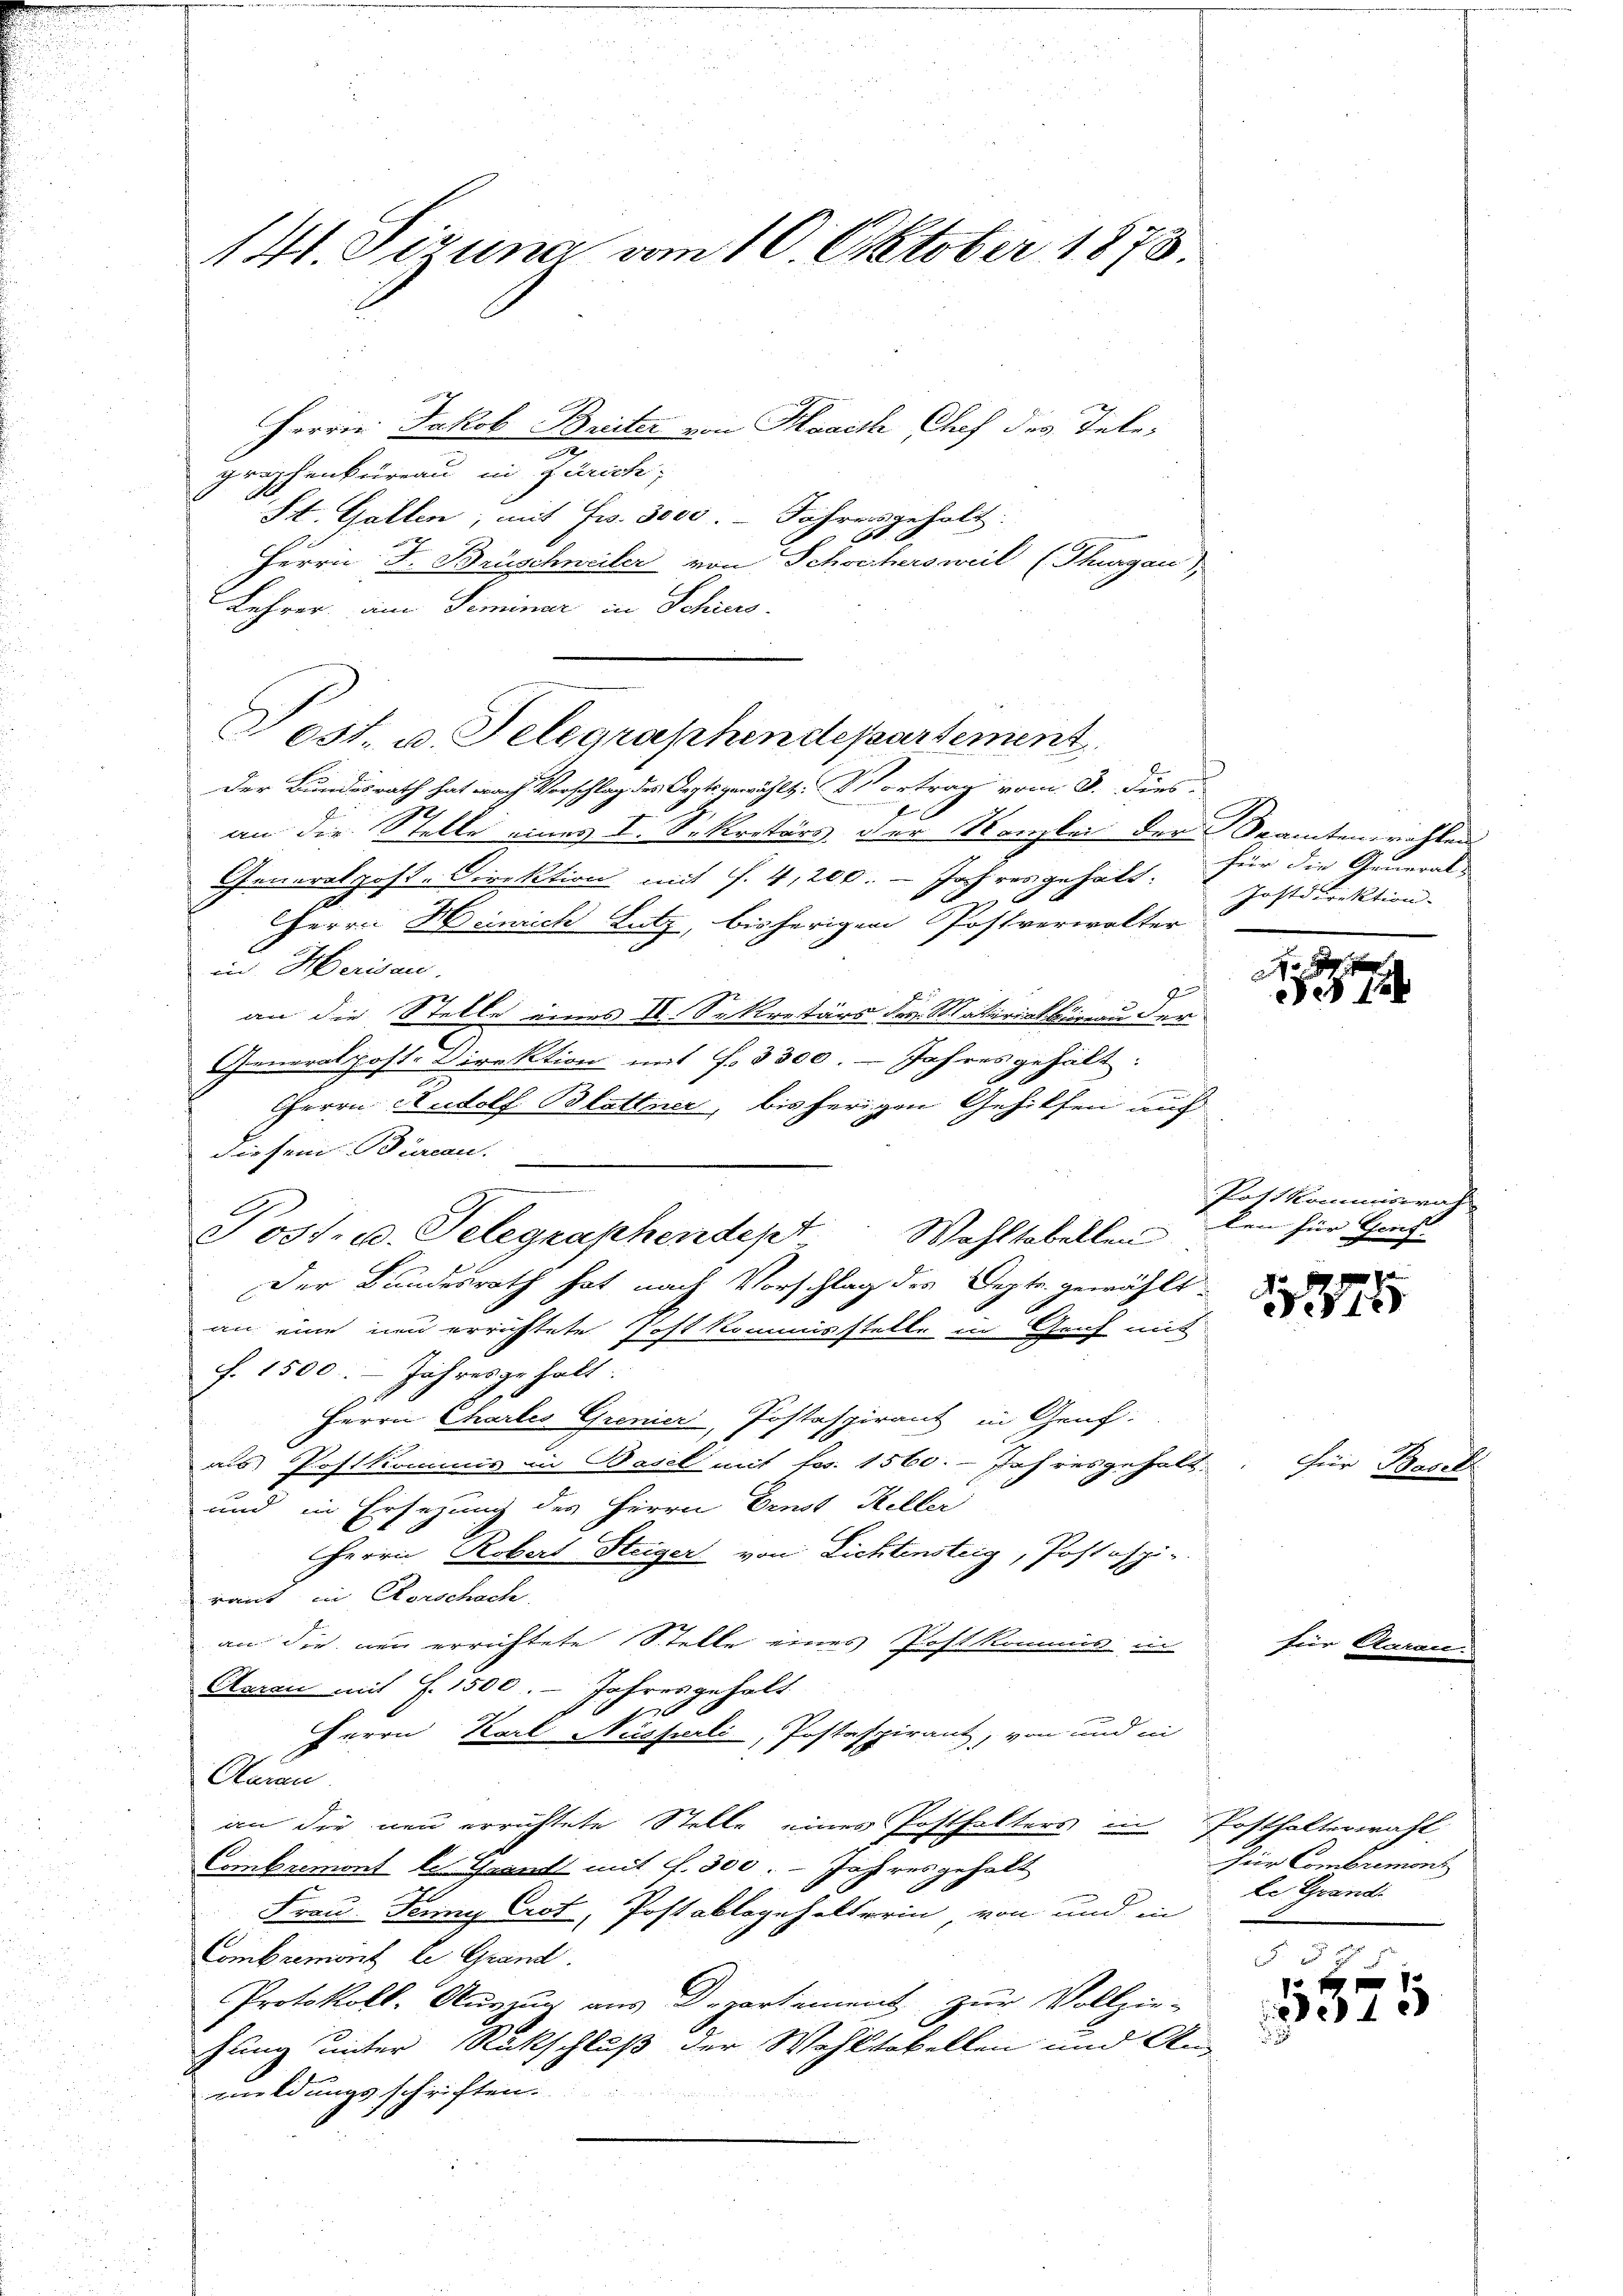
141. Pizuna vom 10. Oktober 1873.

Herrn Jakob Breiter von Haaith Chef des Telex
graphenbureau in Zürich,
St. Gallen, mit Fr. 3000. - Jahresgeholt.
f
Herrn J. Brüschweiler von Schochersweil (Thurgau)
Lehrer am Seminar in Schies.
Der Bundesrath hat nach Vorschlag des Oepts gewählt. Vortrag vom 3. dies
an die Stelle eines I. Sekretärs. Der Kanzlei der Stantenprahlen
Generalpost-Direktion mit f. 4,200. - Jahres gehalt.
E
2
J
HHerrn Heinrich Lutz, bisherigen Postverwalter
in Merisau.
an die Stelle eines IV. Sekretärs des Matrickhenau der
Generalpost. Direktion mit f. 3300. - Jahres gehält:
Cherrn Rudolf Blattner, bisherigen Gehilfen auch
diesem Bureau.
Der Bundesrath hat nach Vorschlag des Septe gewählt.
an eine um errichtete Post kommisstelle in Genf mit
f. 1500. - Jahresgehalt
Herrn Chartes Gremier, Postaspirant in Genf.
als Postkommis in Basel mit fes. 1560. Jahresgehalt
und in Ersezung des Herrn Drust Heller
Herrn Robert Steiger von Lichtensteig, Postspie
raut in Kerschach
an die neu errichtete Stelle eines Postkommis in
Aaran mit F. 1500. - Jahresgehalt
Herrn Karl Nüsserli, Postaspirant, von und in
Paren
an die neu errichtete Stelle eines Posthalters in Posthalterwahl
Combremont les Grand mit f. 300. - Jahres gehalt
Frau Jenny Crot, Postablegehalterin von und in
Combrenwirt le Grand.
Protokoll-Auszug aus Departement zur Vollzie-
hung unter Rückschluß der Wohltobellen und An-
3
meldungsschriften.

est. u. Telegraphendepartement

Post- u. Telegraphendept. Wahltabellen

für die General-
Jostdirektion.

Postkommiswah
len für Genf

1244

Free

n Stock

für Combremont
le Grand

e
43